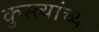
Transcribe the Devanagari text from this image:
कुस्त्यांच्या